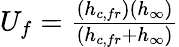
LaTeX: \begin{array}{r}{U_{f}=\frac{(h_{c,fr})(h_{\infty})}{(h_{c,fr}+h_{\infty})}}\end{array}